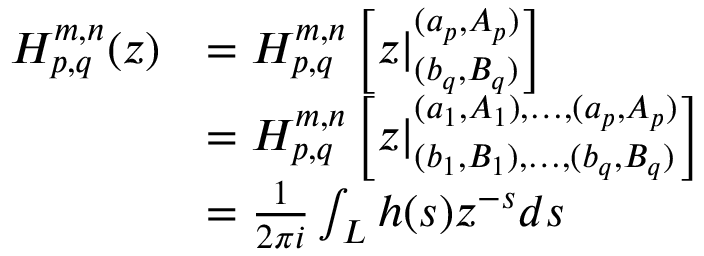
\begin{array} { r l } { H _ { p , q } ^ { m , n } ( z ) } & { = H _ { p , q } ^ { m , n } \left[ z | _ { ( b _ { q } , B _ { q } ) } ^ { ( a _ { p } , A _ { p } ) } \right] } \\ & { = H _ { p , q } ^ { m , n } \left[ z | _ { ( b _ { 1 } , B _ { 1 } ) , \ldots , ( b _ { q } , B _ { q } ) } ^ { ( a _ { 1 } , A _ { 1 } ) , \ldots , ( a _ { p } , A _ { p } ) } \right] } \\ & { = \frac { 1 } { 2 \pi i } \int _ { L } h ( s ) z ^ { - s } d s } \end{array}